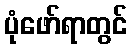
ပုံဖော်ရာတွင်